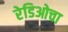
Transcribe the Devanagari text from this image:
रेडिओचा